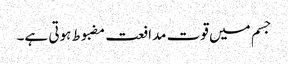
جسم میں قوت مدافعت مضبوط ہوتی ہے۔